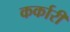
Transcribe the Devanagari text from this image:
कर्कारी